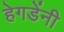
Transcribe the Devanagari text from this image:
हेगडेंनी